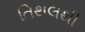
તિથલથી